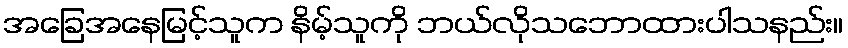
အခြေအနေမြင့်သူက နိမ့်သူကို ဘယ်လိုသဘောထားပါသနည်း။